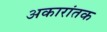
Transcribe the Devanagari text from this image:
अकारांतक